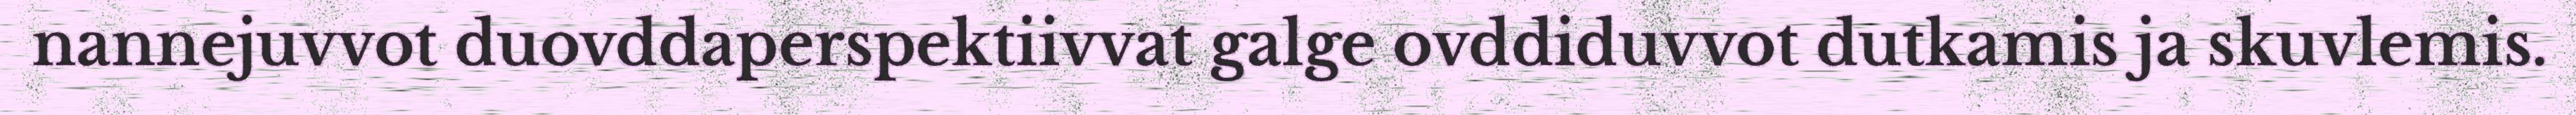
nannejuvvot duovddaperspektiivvat galge ovddiduvvot dutkamis ja skuvlemis.